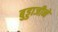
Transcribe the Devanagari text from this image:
बुड्डाजीने